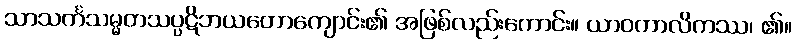
သာသင်္ကသမ္မတသပ္ပဋိဘယတောကျောင်း၏ အဖြစ်လည်းကောင်း။ ယာဝကာလိကဿ၊ ၏။